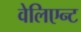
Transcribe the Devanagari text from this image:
वेलिएन्ट